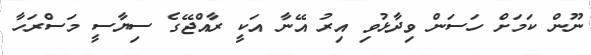
ނޫން ކަމަށް ހަސަން ވިދާޅުވި އިރު އޭނާ އަކީ ރާއްޖޭގެ ސިޔާސީ މަސްރަހާ